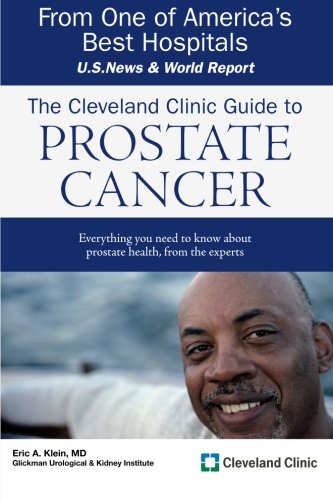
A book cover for The Cleveland Clinic Guide to Prostate Cancer (Cleveland Clinic Guides); Eric Klein; Health, Fitness & Dieting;